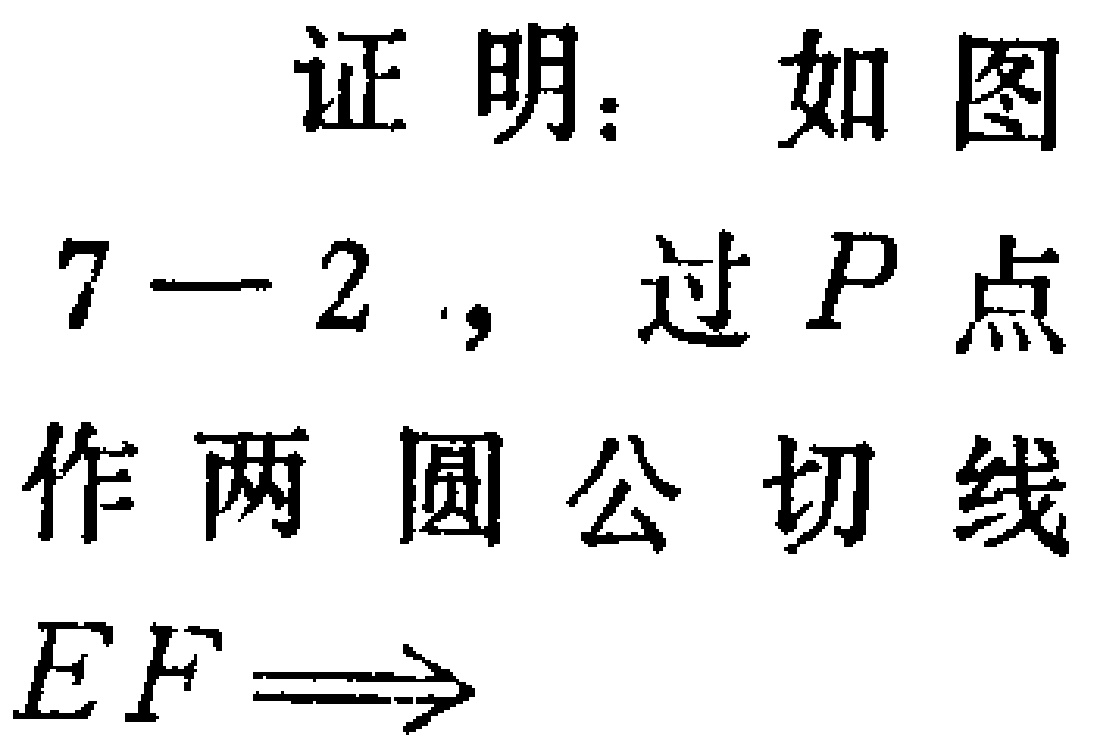
证明：如图7—2，过\(P\)点作两圆公切线\(EF\Rightarrow\)